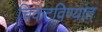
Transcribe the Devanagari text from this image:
चिकटविण्यांत